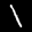
Label: 1